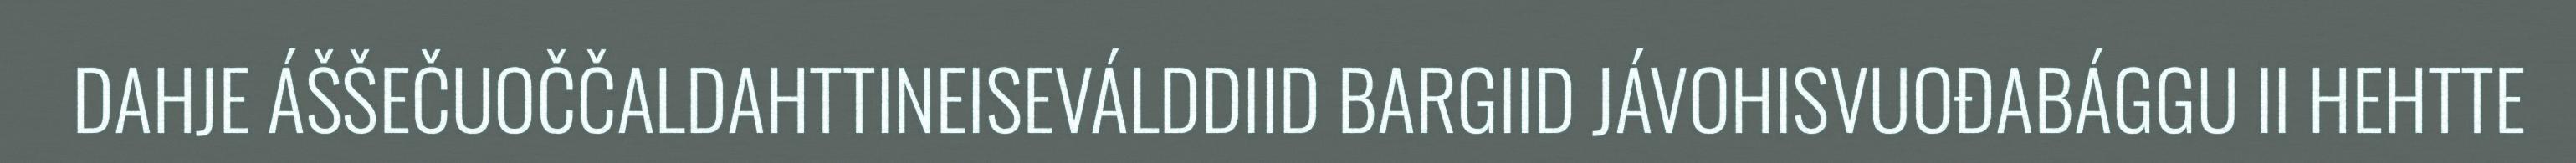
DAHJE ÁŠŠEČUOČČALDAHTTINEISEVÁLDDIID BARGIID JÁVOHISVUOĐABÁGGU II HEHTTE